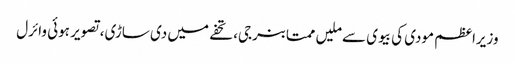
وزیراعظم مودی کی بیوی سے ملیں ممتا بنرجی، تحفے میں دی ساڑی، تصویر ہوئی وائرل